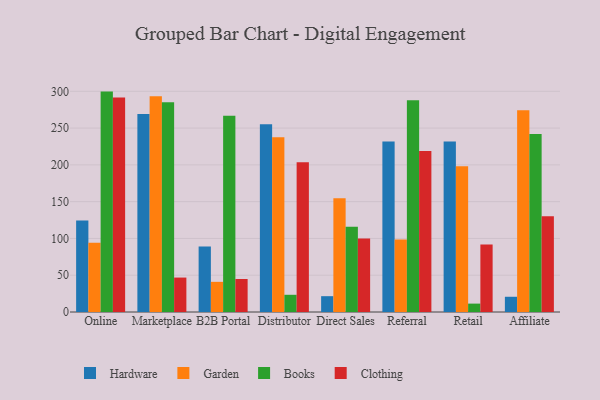
{"axis": {"x": "Channel", "y": "Production Output"}, "legend": ["Books", "Clothing", "Garden", "Hardware"], "data": [{"x": "Online", "y": 124.4, "type": "Hardware"}, {"x": "Online", "y": 94.3, "type": "Garden"}, {"x": "Online", "y": 299.6, "type": "Books"}, {"x": "Online", "y": 291.6, "type": "Clothing"}, {"x": "Marketplace", "y": 269.1, "type": "Hardware"}, {"x": "Marketplace", "y": 293.4, "type": "Garden"}, {"x": "Marketplace", "y": 285.1, "type": "Books"}, {"x": "Marketplace", "y": 46.8, "type": "Clothing"}, {"x": "B2B Portal", "y": 89.0, "type": "Hardware"}, {"x": "B2B Portal", "y": 41.0, "type": "Garden"}, {"x": "B2B Portal", "y": 266.9, "type": "Books"}, {"x": "B2B Portal", "y": 44.9, "type": "Clothing"}, {"x": "Distributor", "y": 255.2, "type": "Hardware"}, {"x": "Distributor", "y": 237.7, "type": "Garden"}, {"x": "Distributor", "y": 23.4, "type": "Books"}, {"x": "Distributor", "y": 203.4, "type": "Clothing"}, {"x": "Direct Sales", "y": 21.5, "type": "Hardware"}, {"x": "Direct Sales", "y": 154.5, "type": "Garden"}, {"x": "Direct Sales", "y": 115.9, "type": "Books"}, {"x": "Direct Sales", "y": 99.8, "type": "Clothing"}, {"x": "Referral", "y": 231.6, "type": "Hardware"}, {"x": "Referral", "y": 98.7, "type": "Garden"}, {"x": "Referral", "y": 288.0, "type": "Books"}, {"x": "Referral", "y": 218.9, "type": "Clothing"}, {"x": "Retail", "y": 231.9, "type": "Hardware"}, {"x": "Retail", "y": 198.1, "type": "Garden"}, {"x": "Retail", "y": 11.4, "type": "Books"}, {"x": "Retail", "y": 91.9, "type": "Clothing"}, {"x": "Affiliate", "y": 20.7, "type": "Hardware"}, {"x": "Affiliate", "y": 274.2, "type": "Garden"}, {"x": "Affiliate", "y": 241.9, "type": "Books"}, {"x": "Affiliate", "y": 130.2, "type": "Clothing"}]}